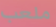
ملعب